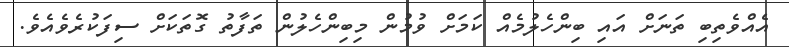
އެއްވެތިބި ތަނަށް އައި ބިންހެލުމެއް ކަމަށް ވުމުން މިބިންހެލުން ތަފާތު ގޮތަކަށް ސިފަކުރެވެއެވެ.